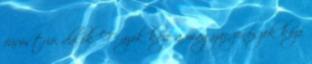
fúvóstrió, dalok. F. azok közé a magyar zenészek közé